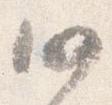
仍